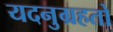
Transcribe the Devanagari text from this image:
यदनुग्रहतो